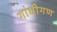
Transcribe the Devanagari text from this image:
गांधीगण